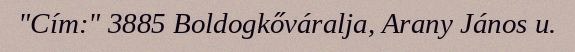
"Cím:" 3885 Boldogkőváralja, Arany János u.